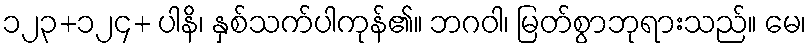
၁၂၃+၁၂၄+ ပါနိ၊ နှစ်သက်ပါကုန်၏။ ဘဂဝါ၊ မြတ်စွာဘုရားသည်။ မေ၊